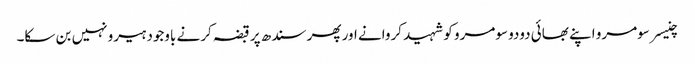
چنیسر سومرو اپنے بھائی دودو سومرو کو شہید کروانے اور پھر سندھ پر قبضہ کرنے باوجود ہیرو نہیں بن سکا۔